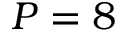
P = 8